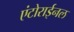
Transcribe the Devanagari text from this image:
एंटोराईनल